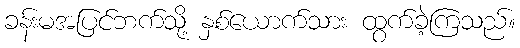
ခန်းမအပြင်ဘက်သို့ နှစ်ယောက်သား ထွက်ခဲ့ကြသည်။